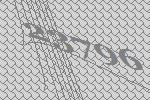
23796